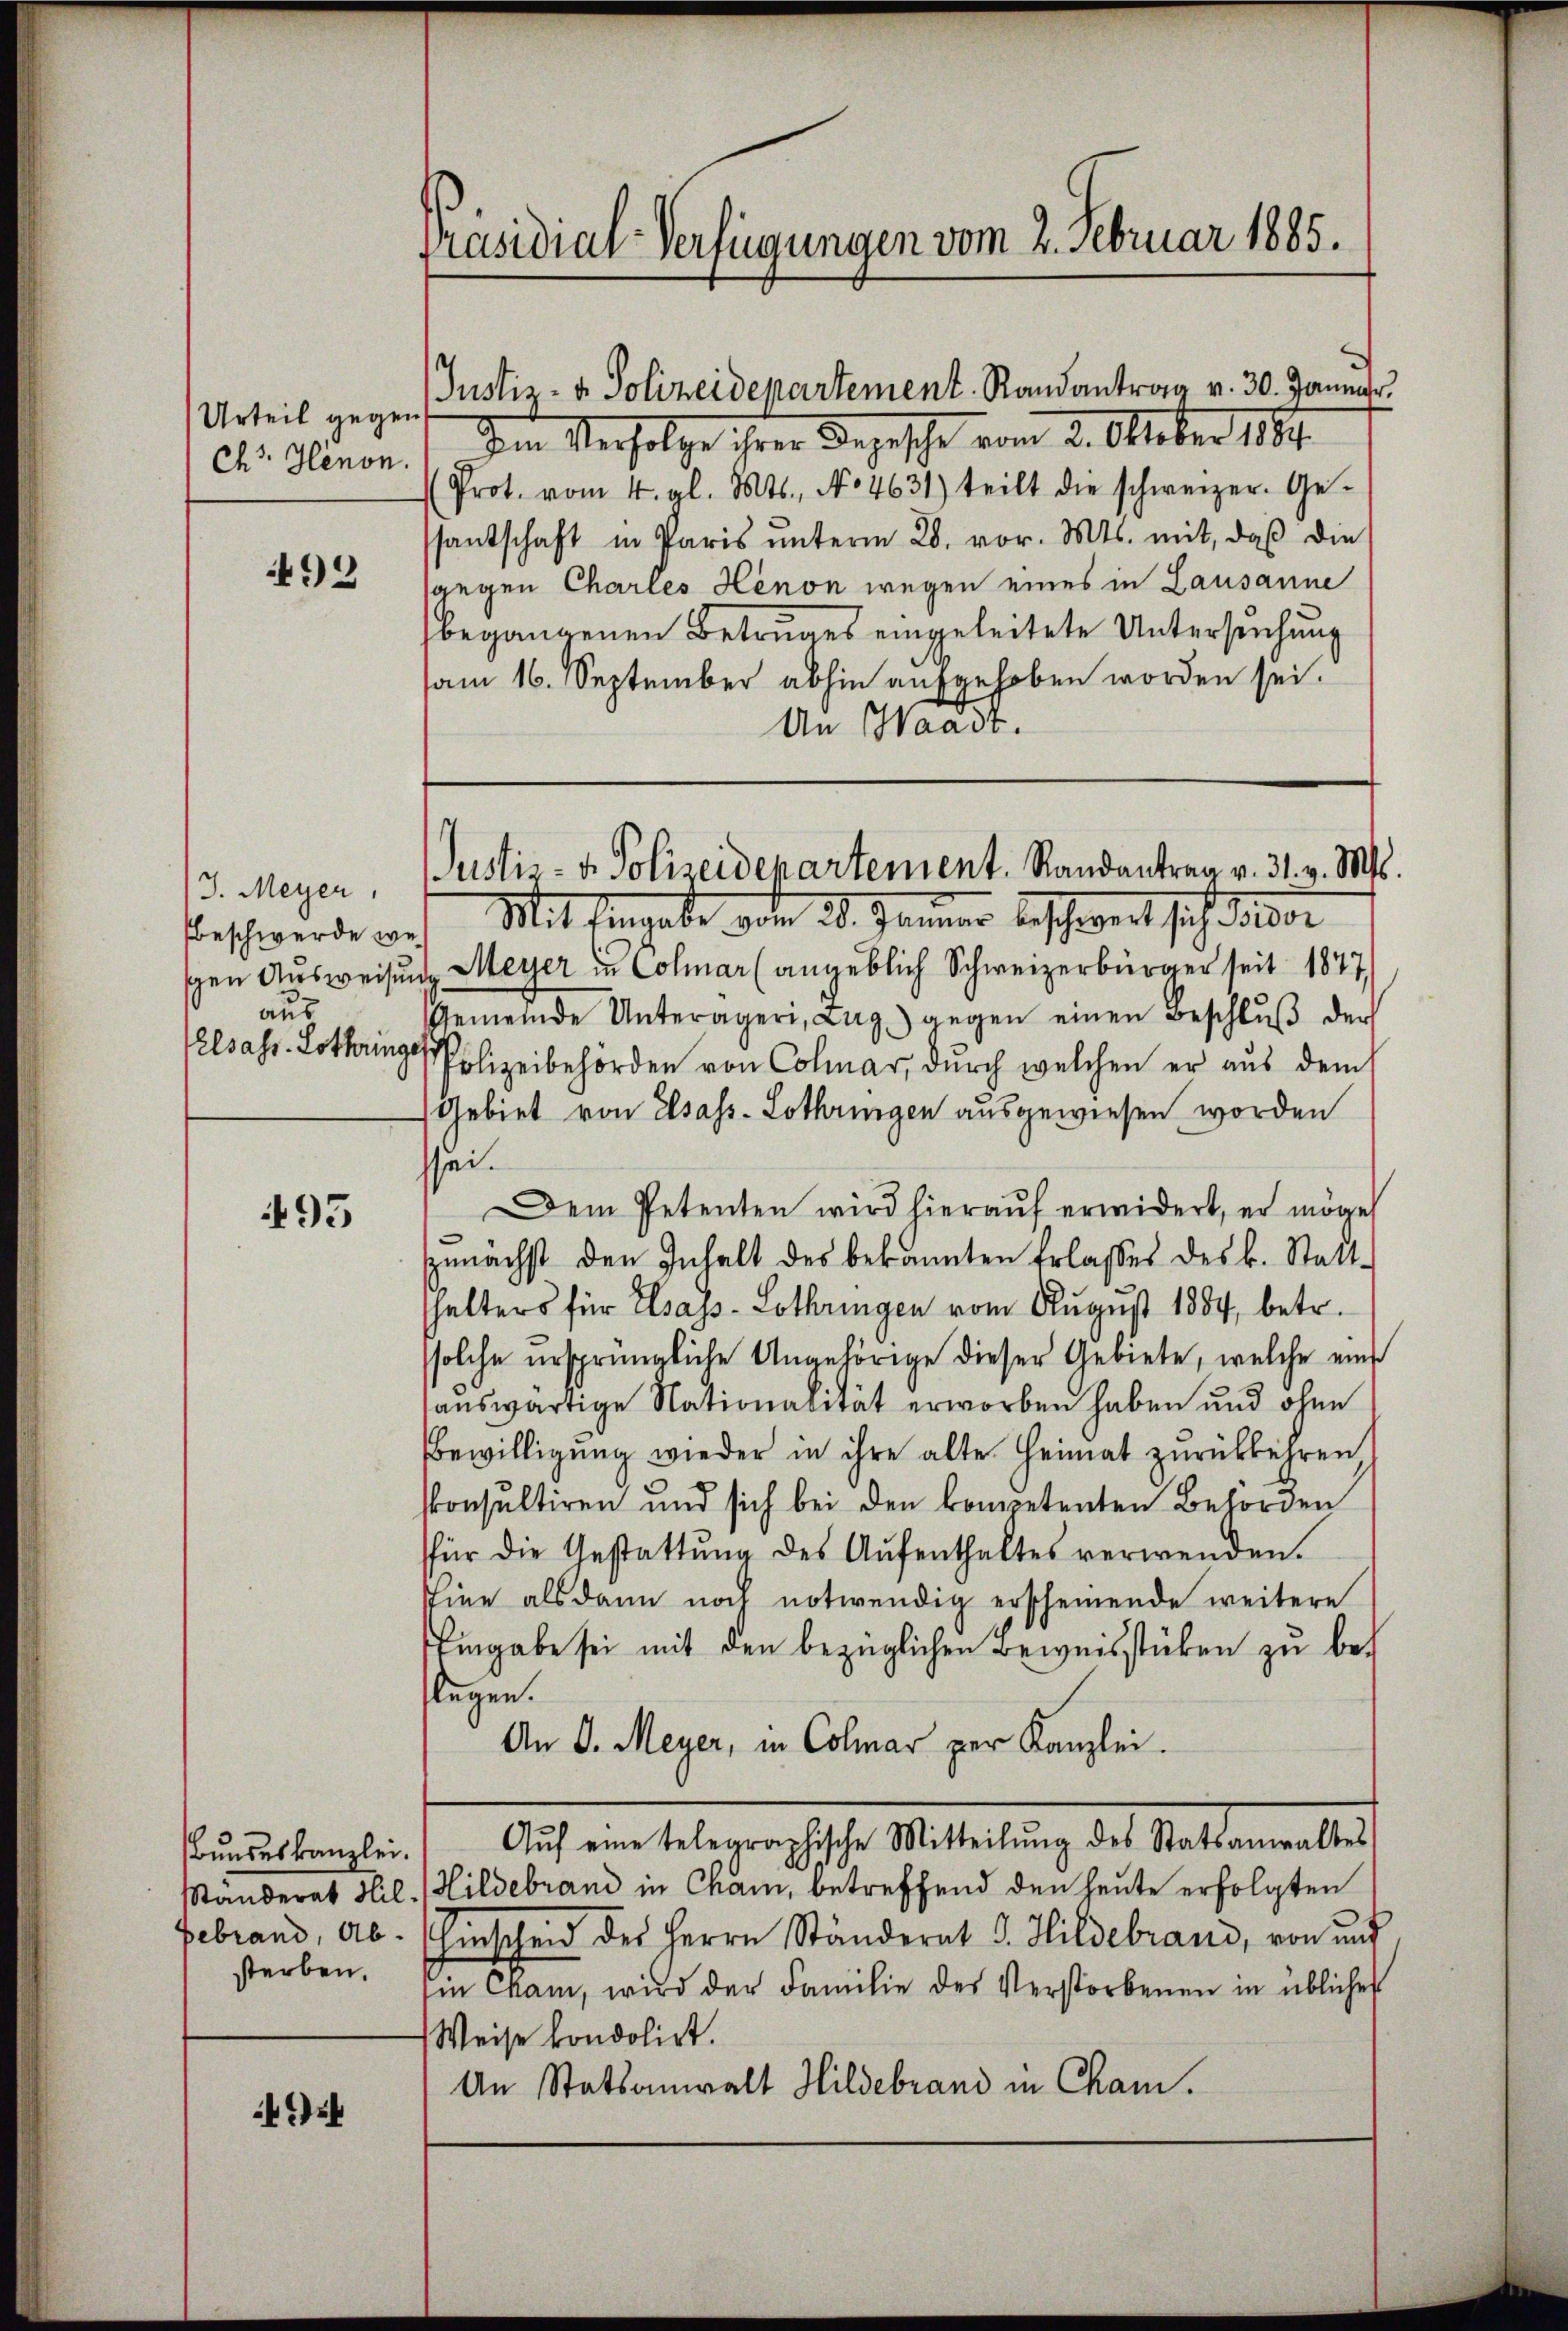
Urteil gegen
ch. Henon.

492

/J. Meyer,
aus
elsass. Lothringe

495

Bundeskanzlei.
gebrand, Absterben.

r

Präsidial-Verfügungen vom 2. Februar 1885.

Justiz- u. Polizeidepartement. Randantrag v. 30. Januar.
Im Verfolge ihrer Depesche vom 2. Oktober 187.

Prot. vom 4. gl. Mts., No 4631) teilt die schweizer. Ge-
ssantschaft in Paris ŭnterm 28. vor. Mts. mit, daβ die
gegen Chartes Henon wegen eines in Lausanne
begangenen Betruges eingeleitete Untersuchung
sam 16. September abhin aufgehoben worden sei.
An Waadt.

Justiz- u. Polizeidepartement. Randantrag v. 31. v. Mts.

Beschwerde auf Mit Eingabe von 20. Jänner beschwert sich davon
schen Ausweisung Meyer in Colmar (angeblich Schweizerbürger seit 1877
Gemeinde Unterägeri, Lag) gegen einen Beschlŭβ der
Polizeibehörden von Colmar, durch welchen er aus dem
Gebiet von Elsass-Lothringen ausgewiesen worden
ssei.
Dem Petenten wird hieraŭf erwidert, er möge
szŭnächst den Inhalt des bekannten Erlasses des k. Statt-
halters für Elsass-Lothringen vom August 1884, betr.
solche ursprüngliche Angehörige dieser Gebiete, welche eine
auswärtige Nationalität erworben haben und ohne
Bewilligung wieder in ihre alte Heimat zurückkehren
skonsultiren und sich bei den kompetenten Behörden
für die Gestattŭng des Aŭfenthaltes verwenden.
Eine als dann noch notwendig erscheinende weitere
Eingabe sei mit den bezüglichen Beweisstüken zu beflegen.
An J. Meyer, in Colmar per Kanzlei.
Aŭf eine telegraphische Mitteilŭng des Statsanwaltes
Standerat Hil (Hildebrand in Cham, betreffend den heute erfolgten
Hinscheid des Herrn Ständerat J. Hildebrand, von und
i Cham, wird der Familie des Verstorbenen in übliches
Weise kondolirt.
An Statsanwalt Hildebrand in Cham.